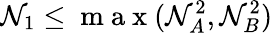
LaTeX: \mathcal{N}_{1}\leq\mathrm{{~m~a~x~}}(\mathcal{N}_{A}^{2},\mathcal{N}_{B}^{2})